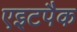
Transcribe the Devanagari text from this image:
एइटपैक